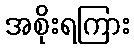
အစိုးရကြား